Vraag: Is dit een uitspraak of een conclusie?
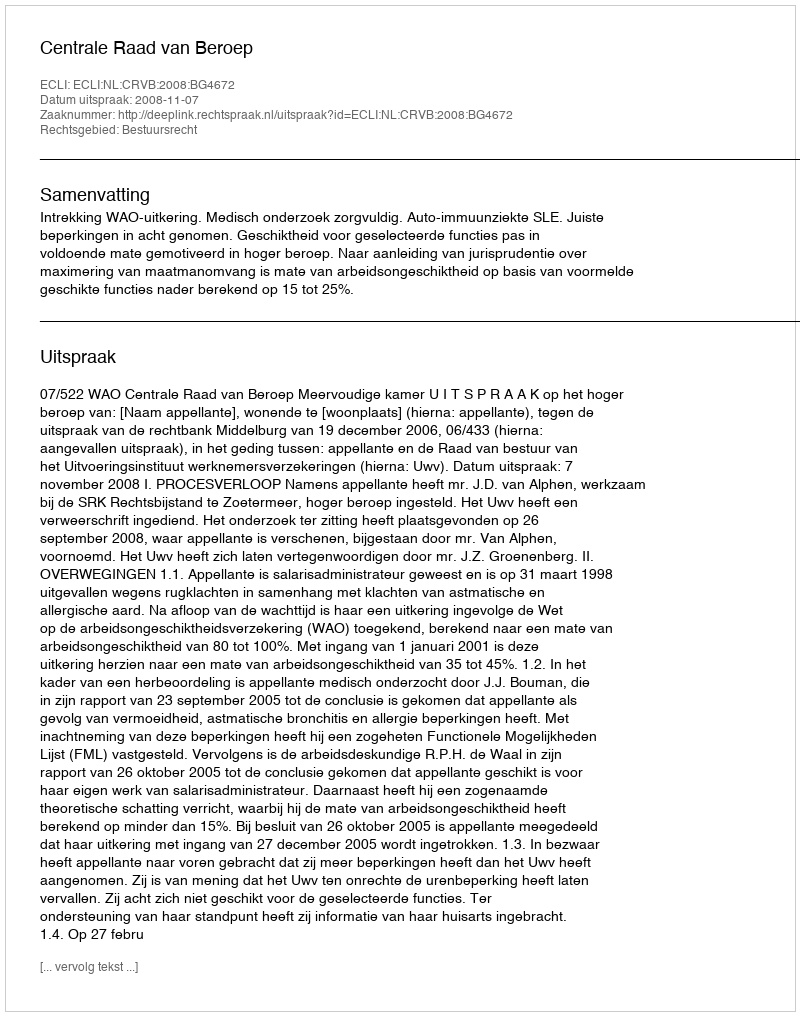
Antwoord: Uitspraak